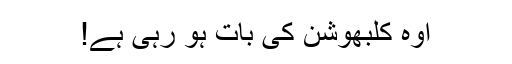
اوہ کلبھوشن کی بات ہو رہی ہے!